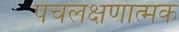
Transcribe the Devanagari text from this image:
पंचलक्षणात्मक